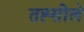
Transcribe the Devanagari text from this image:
तह्सीले